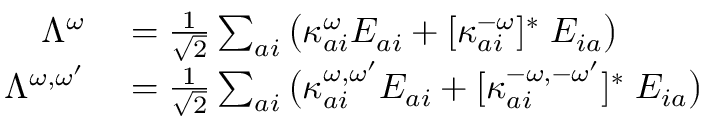
\begin{array} { r l } { \Lambda ^ { \omega } } & { { } = \frac { 1 } { \sqrt { 2 } } \sum _ { a i } \big ( \kappa _ { a i } ^ { \omega } E _ { a i } + [ \kappa _ { a i } ^ { - \omega } ] ^ { * } \; E _ { i a } \big ) } \\ { \Lambda ^ { \omega , \omega ^ { \prime } } } & { { } = \frac { 1 } { \sqrt { 2 } } \sum _ { a i } \big ( \kappa _ { a i } ^ { \omega , \omega ^ { \prime } } E _ { a i } + [ \kappa _ { a i } ^ { - \omega , - \omega ^ { \prime } } ] ^ { * } \; E _ { i a } \big ) } \end{array}